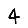
Digit: 4